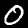
Label: 0